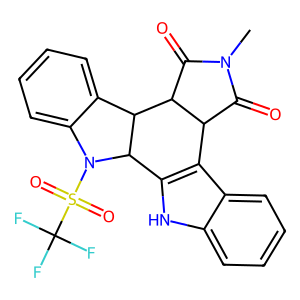
SMILES: CN1C(=O)C2c3c([nH]c4ccccc34)C3C(c4ccccc4N3S(=O)(=O)C(F)(F)F)C2C1=O
Inhibits HIV replication: No